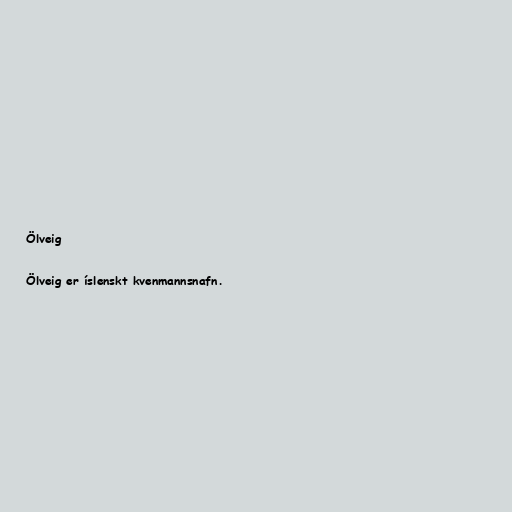
Ölveig

Ölveig er íslenskt kvenmannsnafn.